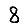
Digit: 8